On the action of the venoms of the cobra (Naja tripudians) and of the daboia (Daboia russellii) on the red blood corpuscles and on the blood plasma - Number 4
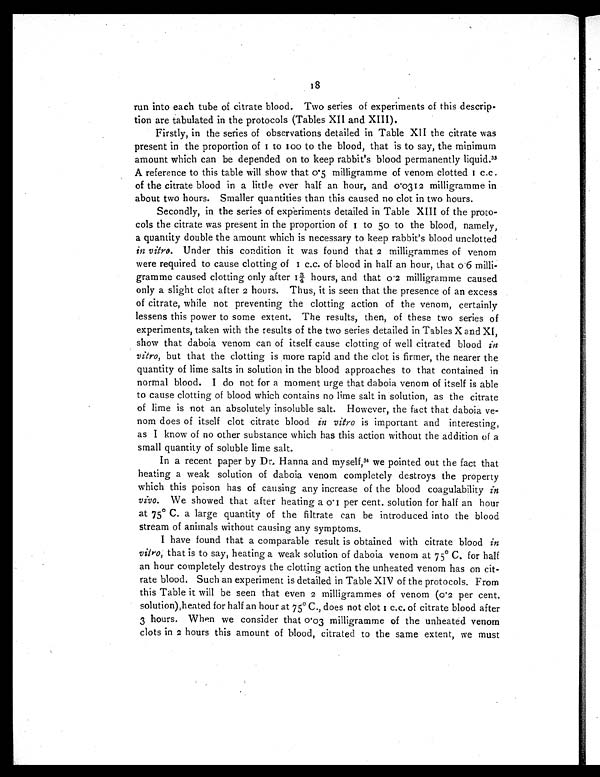
18
run into each tube of citrate blood. Two series of experiments of this descrip-
tion are tabulated in the protocols (Tables XII and XIII).
Firstly, in the series of observations detailed in Table XII the citrate was
present in the proportion of 1 to 100 to the blood, that is to say, the minimum
amount which can be depended on to keep rabbit's blood permanently liquid. 3 3
A reference to this table will show that 0·5 milligramme of venom clotted 1 c.c.
of the citrate blood in a little over half an hour, and 0·0312 milligramme in
about two hours. Smaller quantities than this caused no clot in two hours.
Secondly, in the series of experiments detailed in Table XIII of the proto-
cols the citrate was present in the proportion of 1 to 50 to the blood, namely,
a quantity double the amount which is necessary to keep rabbit's blood unclotted
in vitro. Under this condition it was found that 2 milligrammes of venom
were required to cause clotting of 1 c.c. of blood in half an hour, that 0·6 milli-
gramme caused clotting only after 1¾ hours, and that 0·2 milligramme caused
only a slight clot after 2 hours. Thus, it is seen that the presence of an excess
of citrate, while not preventing the clotting action of the venom, certainly
lessens this power to some extent. The results, then, of these two series of
experiments, taken with the results of the two series detailed in Tables X and XI,
show that daboia venom can of itself cause clotting of well citrated blood in
vitro, but that the clotting is more rapid and the clot is firmer, the nearer the
quantity of lime salts in solution in the blood approaches to that contained in
normal blood. I do not for a moment urge that daboia venom of itself is able
to cause clotting of blood which contains no lime salt in solution, as the citrate
of lime is not an absolutely insoluble salt. However, the fact that daboia ve-
nom does of itself clot citrate blood in vitro is important and interesting,
as I know of no other substance which has this action without the addition of a
small quantity of soluble lime salt.
In a recent paper by Dr. Hanna and myself, 34w e p o i n t e d o u t t h e f a c t t h a t
heating a weak solution of daboia venom completely destroys the property
which this poison has of causing any increase of the blood coagulability in
vivo. We showed that after heating a 0·1 per cent. solution for half an hour
at 75° C. a large quantity of the filtrate can be introduced into the blood
stream of animals without causing any symptoms.
I have found that a comparable result is obtained with citrate blood in
vitro, that is to say, heating a weak solution of daboia venom at 75° C. for half
an hour completely destroys the clotting action the unheated venom has on cit-
rate blood. Such an experiment is detailed in Table XIV of the protocols. From
this Table it will be seen that even 2 milligrammes of venom (0·2 per cent.
solution), heated for half an hour at 75° C., does not clot 1 c.c. of citrate blood after
3 hours. When we consider that 0·03 milligramme of the unheated venom
clots in 2 hours this amount of blood, citrated to the same extent, we must